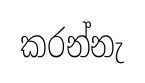
කරන්නැ